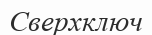
Сверхключ